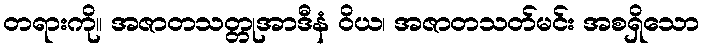
တရားကို။ အဇာတသတ္တုအာဒီနံ ဝိယ၊ အဇာတသတ်မင်း အစရှိသော